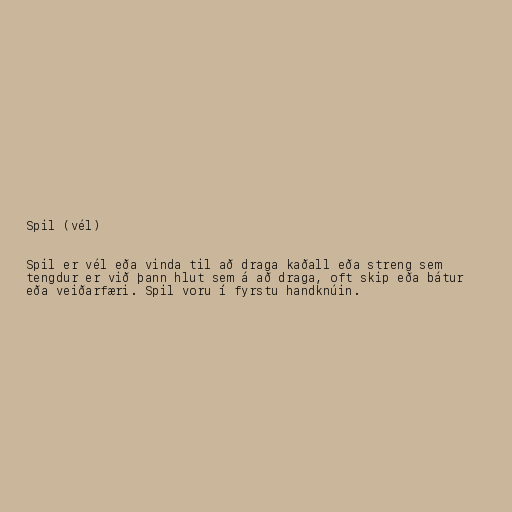
Spil (vél)

Spil er vél eða vinda til að draga kaðall eða streng sem
tengdur er við þann hlut sem á að draga, oft skip eða bátur
eða veiðarfæri. Spil voru í fyrstu handknúin.